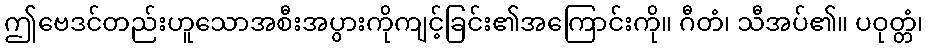
ဤဗေဒင်တည်းဟူသောအစီးအပွားကိုကျင့်ခြင်း၏အကြောင်းကို။ ဂီတံ၊ သီအပ်၏။ ပဝုတ္တံ၊